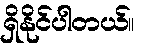
ရှိနိုင်ပါတယ်။